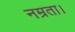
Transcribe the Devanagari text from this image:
नम्रता।